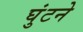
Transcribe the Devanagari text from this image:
घुंटने